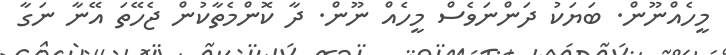
މީހެއްނޫން. ބަޔަކު ދަންނަވެސް މީހެއް ނޫން. ދާ ކޮންމެތާކުން ޖެހޭތަ އޭނާ ނަގާ